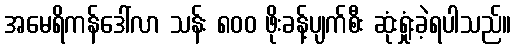
အမေရိကန်ဒေါ်လာ သန်း ၈၀၀ ဖိုးခန့်ပျက်စီး ဆုံးရှုံးခဲ့ရပါသည်။